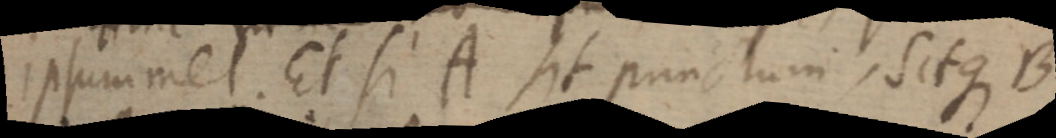
ipsum met. Et si A sit punctum, sitque B